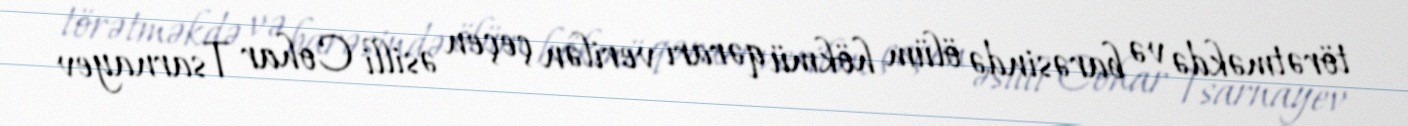
törətməkdə və barəsində ölüm hökmü qərarı verilən çeçen əsilli Cohar Tsarnayev